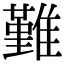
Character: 𩀤